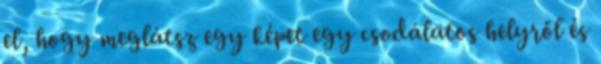
el, hogy meglátsz egy képet egy csodálatos helyről és